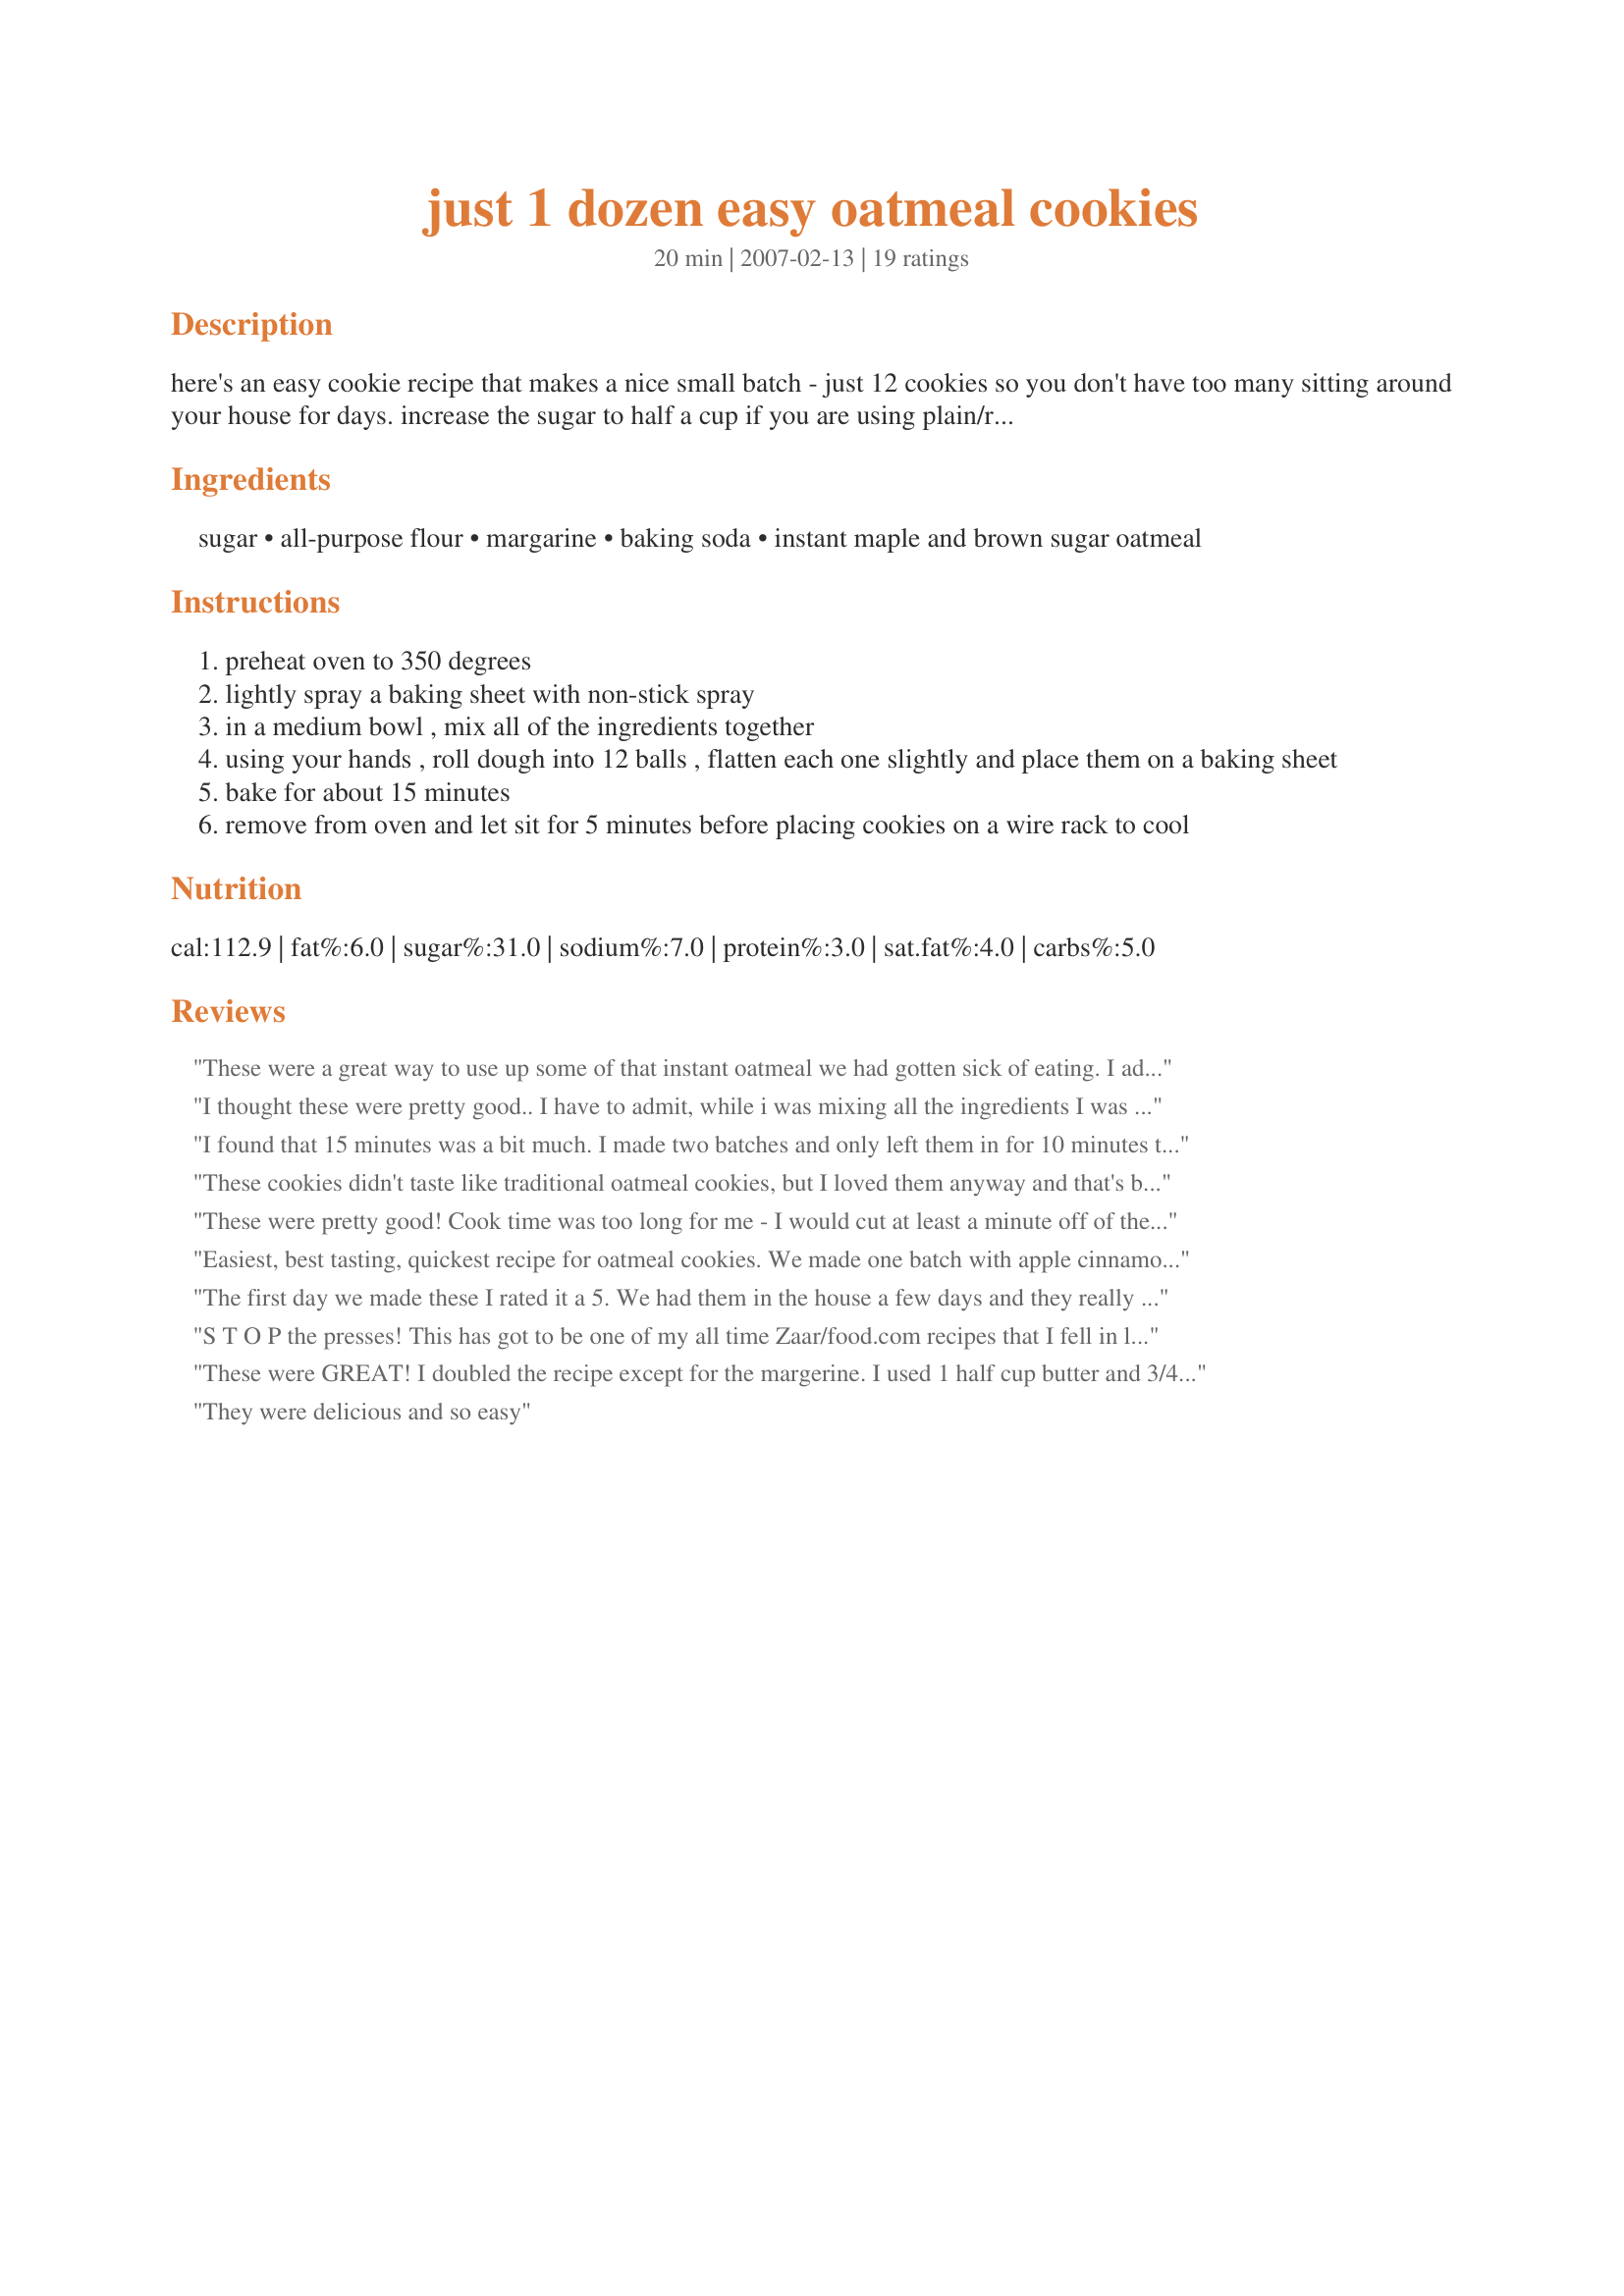
just 1 dozen easy oatmeal cookies
Preparation time: 20 minutes

here's an easy cookie recipe that makes a nice small batch - just 12 cookies so you don't have too many sitting around your house for days. increase the sugar to half a cup if you are using plain/regular instant oats.

Ingredients:
sugar, all-purpose flour, margarine, baking soda, instant maple and brown sugar oatmeal

Steps:
preheat oven to 350 degrees
lightly spray a baking sheet with non-stick spray
in a medium bowl , mix all of the ingredients together
using your hands , roll dough into 12 balls , flatten each one slightly and place them on a baking sheet
bake for about 15 minutes
remove from oven and let sit for 5 minutes before placing cookies on a wire rack to cool

Reviews:
These were a great way to use up some of that instant oatmeal we had gotten sick of eating. I added choc. chips and used butter instead of margarine. I think next time I will also add vanilla just for a little added flavor. 13 minutes to bake they came out the perfect combination of soft and crispy.
I thought these were pretty good.. I have to admit, while i was mixing all the ingredients I was a little skeotical about how I was going to put them together. I like the butter flavor, and they aren't too sweet.. but i think next time i may add a little cinnamon, and a little vanilla for more flavor. But over all, this was a quick easy recipe. 
Thanks!!
I found that 15 minutes was a bit much. I made two batches and only left them in for 10 minutes the second time and they came out perfect. I guess it all depends on the oven, which rack you place them on, and the size of the cookies. My advise is to check in after 10 minutes and leave them in if needed.
These cookies didn't taste like traditional oatmeal cookies, but I loved them anyway and that's because they tasted very much like shortbread, which I adore. I'm assuming the reason for this is because they have no eggs in the dough, which I found strange once I started mixing them. I wanted to note the above in case anyone is expecting a traditional oatmeal cookie. These to me are Oatmeal Shortbread cookies. ;) I used the maple and brown sugar variety, but the flavor didn't come through as much as I expected...still very tasty though. Thanks!
These were pretty good! Cook time was too long for me - I would cut at least a minute off of the time for my oven. Mine ended up super crispy! I added a little vanilla and cinnamon for some kick and the flavor was great! Thanks! :)
Easiest, best tasting, quickest recipe for oatmeal cookies. We made one batch with apple cinnamon and the other with maple and brown sugar. My family just wolfed them down!
The first day we made these I rated it a 5. We had them in the house a few days and they really didn't hold up well flavor wise. The texture after a few days was a bit dry but not too bad. I used Weight Smart maple and brown sugar oatmeal and plan on making them again with the cinnamon flavor.
Made for Spring PAC 2009.
S T O P the presses! This has got to be one of my all time Zaar/food.com recipes that I fell in love with. Oh Babzy, where have you been all my life? I am not a baker, ok, I bake, but not like a baker. This was amazing! I threw this together as fast as a fly in a pickle jar...taking a swim. Oh my. I can't say enough, and I will tell all who listen about these. I sprinkled some extra large sugar sprinkles on top. Well needless to say, there isn't nary a one left. Made for ZWT7
These were GREAT!
I doubled the recipe except for the margerine. I used 1 half cup butter and 3/4 c. applesauce. I also omitted the sugar compleatly. They are so tasty! Nice crispy, buttery on the outside and soft and sweet on the inside. Not too sweet though, which made it easier to eat a lot of them! Tahnks for a great and easy recipe!
They were delicious and so easy
I don't normally like oatmeal cookies but I love these. I used the Maple Brown Sugar packs and it's perfect. I didn't cook them as long as suggested and when they're done I keep in a ziplock bag with a slice of bread to keep that yummy texture. Other then a little cooking time adjustment, you can't go wrong with these cookies.
Easy recipe but felt like they were missing a binding agent... I used two packets of banana and cream oatmeal and 1 packet of blueberry and cream. I also added raisins. They are a bit crumbly. Added a dollup of Nutella to the top for some extra richness.
These were a great & simple way to use up some of my instant oatmeal packets that no one would eat. I used the apple cinnamon oatmeal & they were tasty for a quick fix cookie.
Yum! I used the maple brown sugar oatmeal as that is our favorite. I also doubled the sugar, because we like really sweet cookies :) I added about 2 tablespoons vegetable oil, as I wanted a nice moist cookie. I did mix the dough by hand, the spoon just wasn't cutting it. We like a more chewy cookie, so I made these a little smaller (so got 16 cookies) and baked for only 10 minutes which resulted in a chewy center with a crunchy outside. I also added some vanilla, and because I was out of cinnamon, I added some pumpkin pie spice... a few hearty dashes. Great cookies, and a great recipe if you don't have any eggs and you want to use up those oatmeal packets!
I'm eating one from my batch as I'm writing. I used banana cream oatmeal and used the recipe exactly and now I'm mad I only made one batch. They're delicious!!! Thanks!!
love this! quick and easy. I added 1/4 bag of Chocolate chips to this recipe, prefect!!!
added vanilla like suggested. .very easy, very quick, fun to make with kids! thank you!
I just made these, and like some other reviews, I was worried as I mixed it up - but get your hands in there and soon it will all come together. I pushed in a few butterscotch chips into each cookie to make them more like the oatmeal cookies that I grew up on. I LOVE these cookies. Great recipe! Awesome for people who might not Always have eggs in the fridge but still like to have a fresh baked cookie. I might never make "real" oatmeal cookies again! Thank you so much!!
I'm not a fan of oatmeal cookies but these were great...completely different from any other oatmeal cookie I've ever tasted. I love the light and crispy texture and they're so easy to make!
